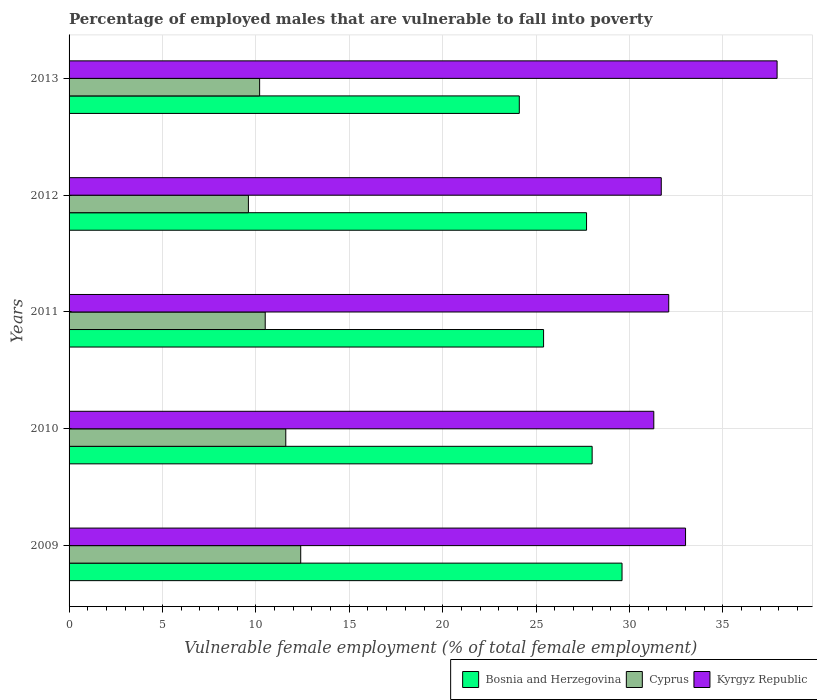
| Years | Bosnia and Herzegovina | Cyprus | Kyrgyz Republic |
 | --- | --- | --- | --- |
 | 2009 | 29.6 | 12.4 | 33 |
 | 2010 | 28 | 11.6 | 31.3 |
 | 2011 | 25.4 | 10.5 | 32.1 |
 | 2012 | 27.7 | 9.6 | 31.7 |
 | 2013 | 24.1 | 10.2 | 37.9 |